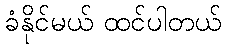
ခံနိုင်မယ် ထင်ပါတယ်